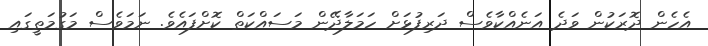
އެހެން ދޮރަކުން ވަދެ އަނެއްކާވެސް ދަރިފުޅަށް ހަމަލާދޭން މަސައްކަތް ކޮށްފައެވެ. ނަމަވެސް މަގުމަތީގައި